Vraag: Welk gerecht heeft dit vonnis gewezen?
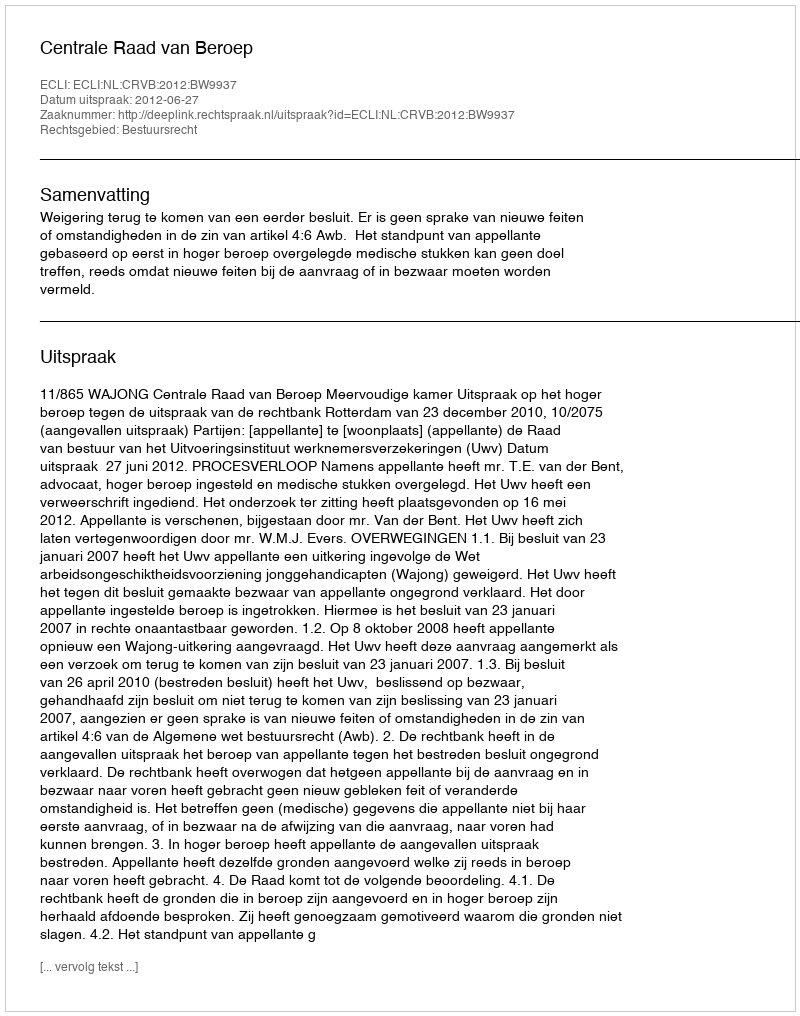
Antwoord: Centrale Raad van Beroep